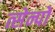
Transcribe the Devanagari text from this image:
त्सेन्पो